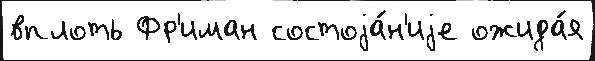
вплоть Фр'иман состоjа́н'иjе ожида́я